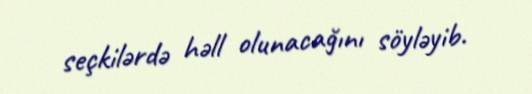
seçkilərdə həll olunacağını söyləyib.